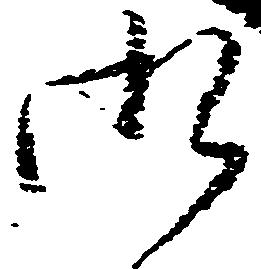
御